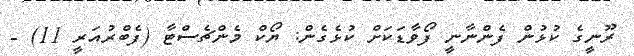
ރޫނީގެ ކުޅުން ފެންނާނީ ފޯވާޑަކަށް ކުޅެގެން: ޔޯކް މެންޗެސްޓާ (ފެބްރުއަރީ 11) -